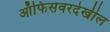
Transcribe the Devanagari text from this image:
ऑफिसवरदेखील